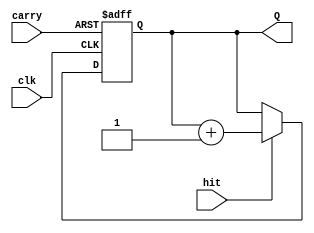
`timescale 1ns / 1ps

module singleAdd(
    input clk,
	input hit,
    input carry,
	output reg [3:0] Q
    );

initial Q <= 4'b0000;
always @(posedge clk or negedge carry) begin
	if (carry == 1'b0) 
		Q <= 4'b0000;
	else if (hit == 1'b1) 
		Q <= Q + 4'b0001;
end

endmodule